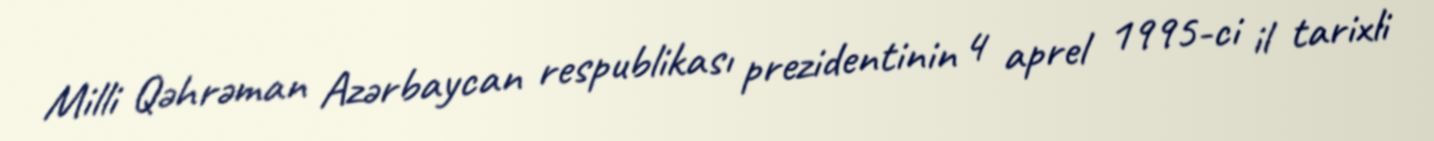
Milli Qəhrəman Azərbaycan respublikası prezidentinin 4 aprel 1995-ci il tarixli